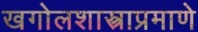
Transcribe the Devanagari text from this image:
खगोलशास्त्राप्रमाणे